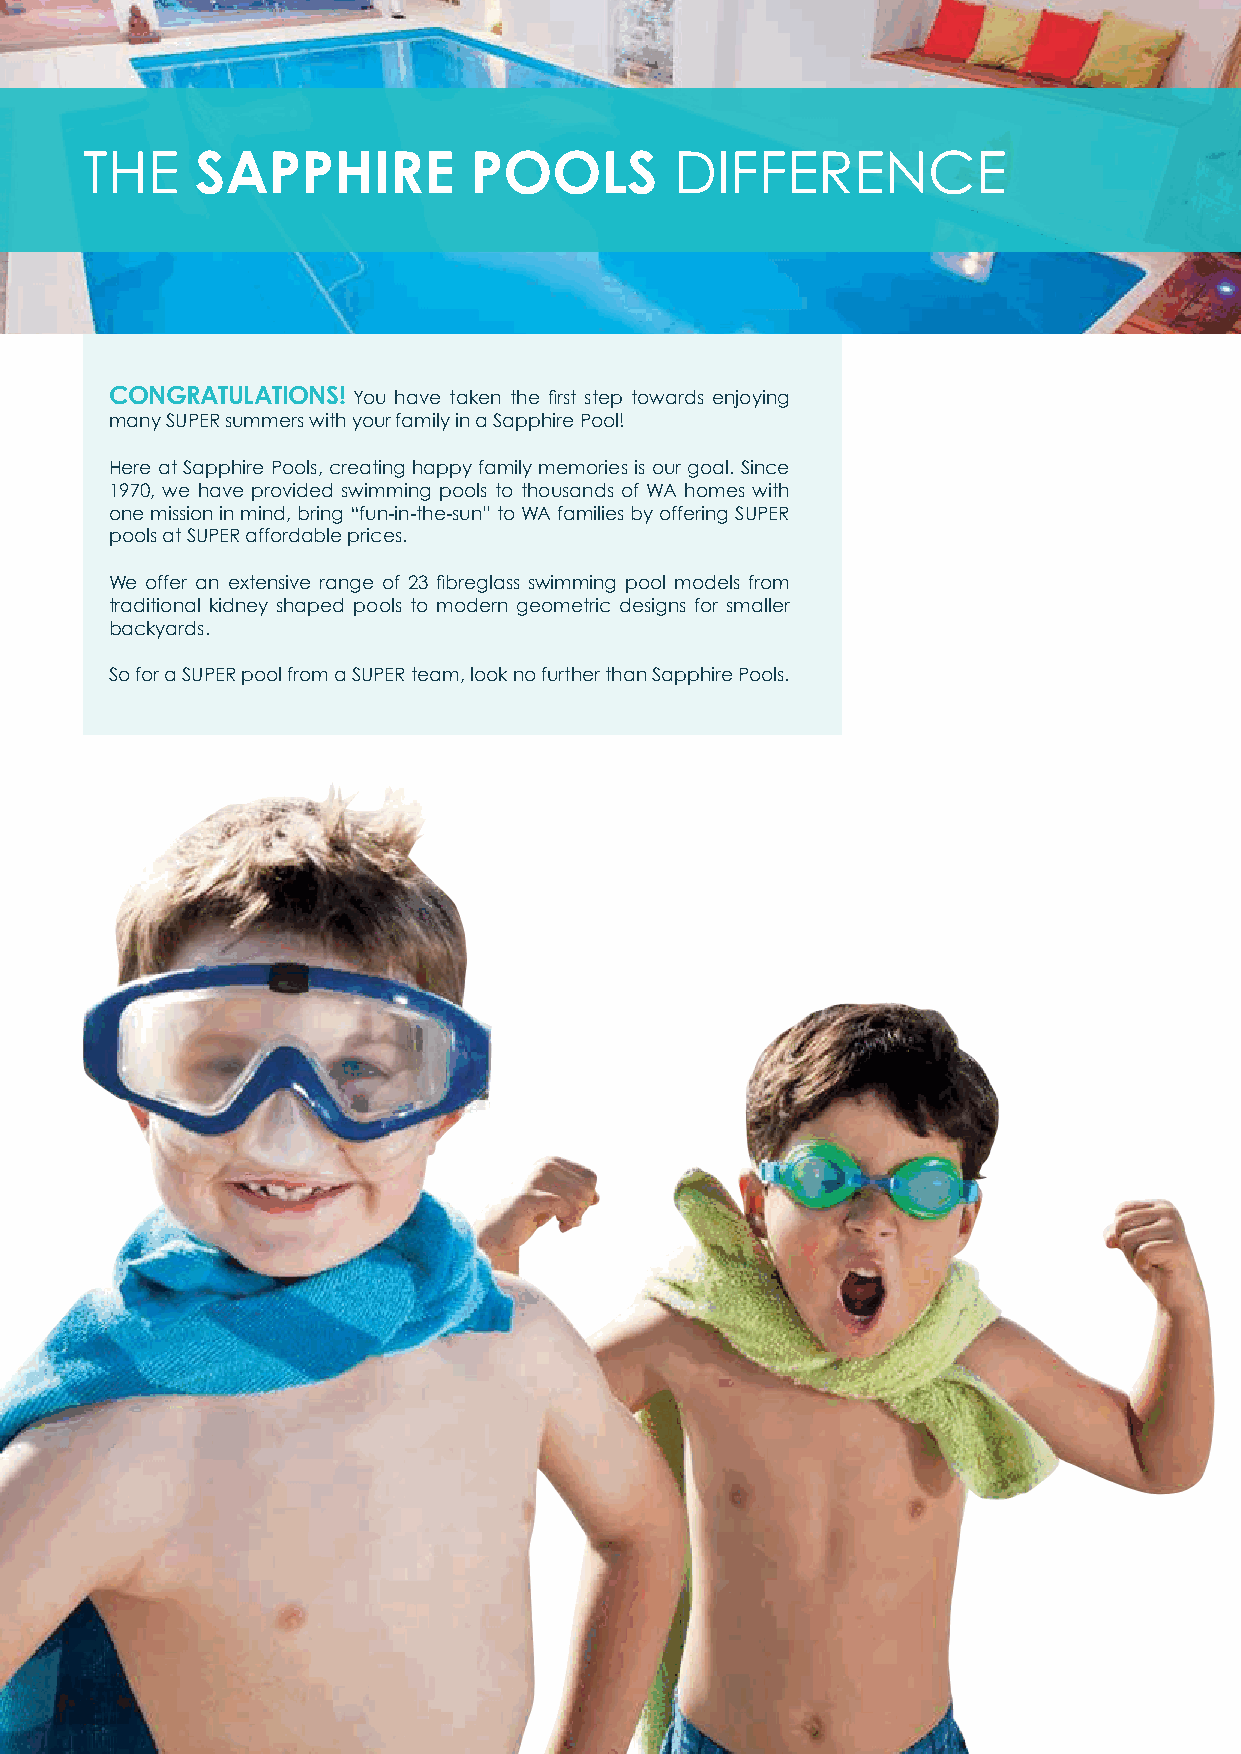
THE     SAPPHIRE          POOLS         DIFFERENCE
 CONGRATULATIONS! You have taken the first step towards enjoying
 many SUPER summers with your family in a Sapphire Pool!
 Here at Sapphire Pools, creating happy family memories is our goal. Since
 1970, we have provided swimming pools to thousands of WA homes with
 one mission in mind, bring “fun-in-the-sun” to WA families by offering SUPER
 pools at SUPER affordable prices.
 We offer an extensive range of 23 fibreglass swimming pool models from
 traditional kidney shaped pools to modern geometric designs for smaller
 backyards.
 So for a SUPER pool from a SUPER team, look no further than Sapphire Pools.